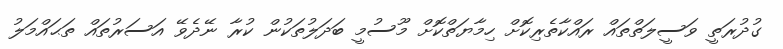
ގުދުރަތީ ވަސީލަތްތައް ރައްކާތެރިކޮށް ހިމާޔަތްކޮށް މޫސުމީ ބަދަލުތަކުން ކުރާ ނޭދެވޭ އަސަރުތައް ތަޙައްމަލު